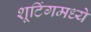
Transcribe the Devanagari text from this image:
शूटिंगमध्ये